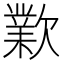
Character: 㱉